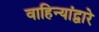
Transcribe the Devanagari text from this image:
वाहिन्यांद्वारे